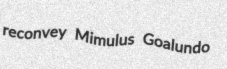
reconvey Mimulus Goalundo